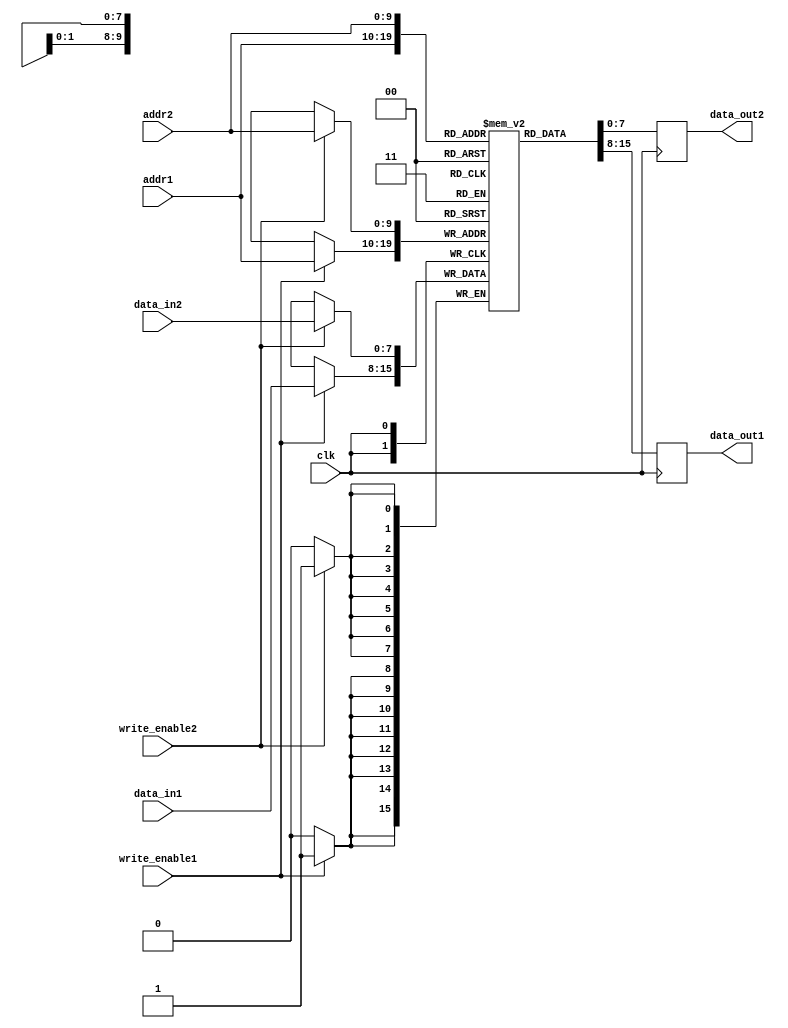
module dual_port_ram (
    input clk,
    input [ADDR_WIDTH-1:0] addr1,
    input [ADDR_WIDTH-1:0] addr2,
    input write_enable1,
    input write_enable2,
    input [DATA_WIDTH-1:0] data_in1,
    input [DATA_WIDTH-1:0] data_in2,
    output reg [DATA_WIDTH-1:0] data_out1,
    output reg [DATA_WIDTH-1:0] data_out2
);

parameter ADDR_WIDTH = 10;
parameter DATA_WIDTH = 8;

reg [DATA_WIDTH-1:0] ram [0:(2**ADDR_WIDTH)-1];

always @(posedge clk) begin
    if(write_enable1) begin
        ram[addr1] <= data_in1;
    end
    data_out1 <= ram[addr1];
end

always @(posedge clk) begin
    if(write_enable2) begin
        ram[addr2] <= data_in2;
    end
    data_out2 <= ram[addr2];
end

endmodule